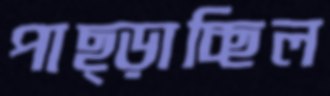
পাছ্‌ড়াচ্ছিল